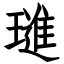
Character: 璡